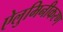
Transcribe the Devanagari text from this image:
ऐलुमिनीकरण